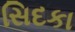
સિદકા